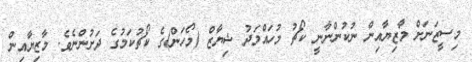
މިސީޒަނަށް މާޒިޔާއިން ނުކުންނާނީ ކޯޗު މުހައްމަދު ޝިޔާޒް (މޯހަން)ގެ ކޯޗުކަމުގެ ދަށުންނެވެ. މާޒިޔާއިން